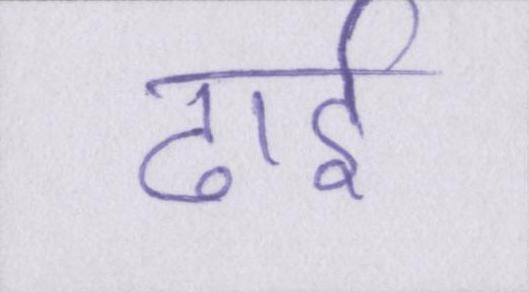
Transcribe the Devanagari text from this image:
ढाई